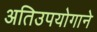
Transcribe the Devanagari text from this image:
अतिउपयोगाने